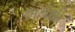
અમથી